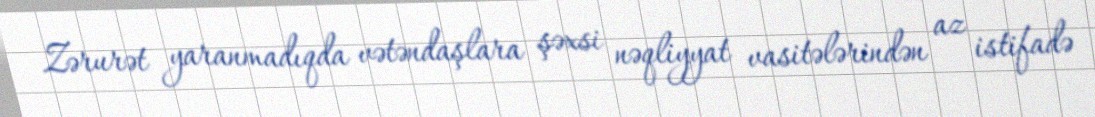
Zərurət yaranmadıqda vətəndaşlara şəxsi nəqliyyat vasitələrindən az istifadə